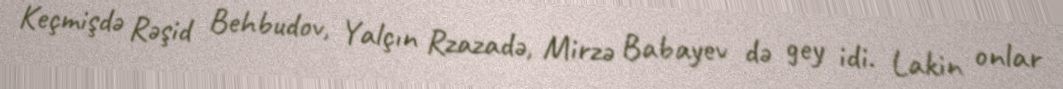
Keçmişdə Rəşid Behbudov, Yalçın Rzazadə, Mirzə Babayev də gey idi. Lakin onlar